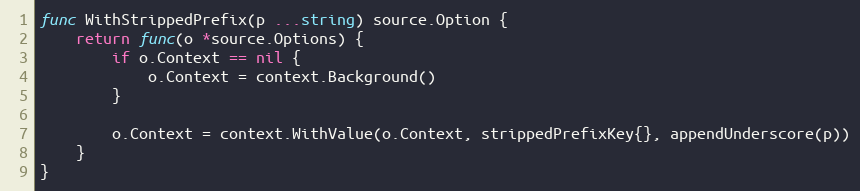
Language: Go
func WithStrippedPrefix(p ...string) source.Option {
	return func(o *source.Options) {
		if o.Context == nil {
			o.Context = context.Background()
		}

		o.Context = context.WithValue(o.Context, strippedPrefixKey{}, appendUnderscore(p))
	}
}